Civil Veterinary Department Bengal reports 1933-51 - 1933-1951
Year: 1933
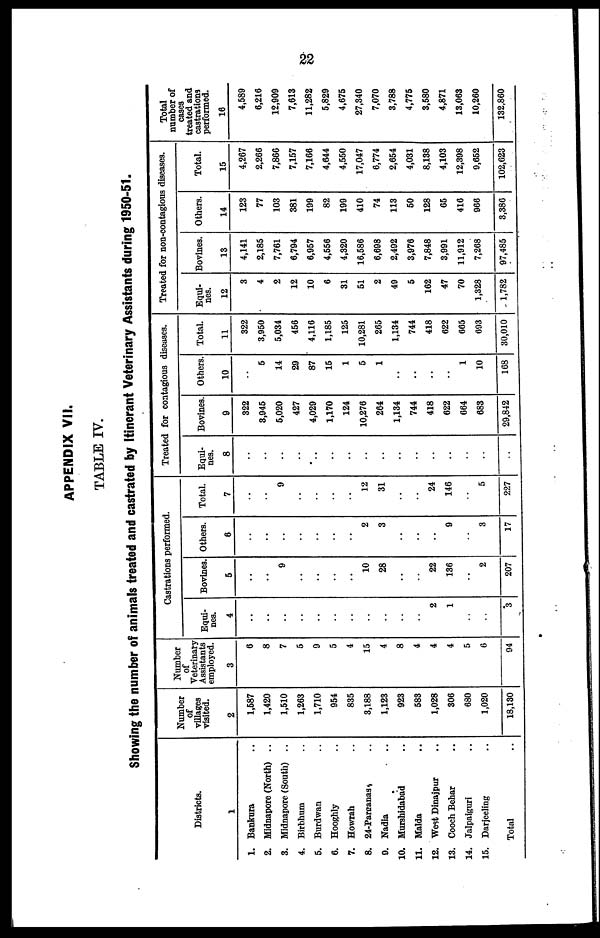
22
APPENDIX VII.
TABLE IV.
Showing the number of animals treated and castrated by Itinerant Veterinary Assistants during 1950-51.
Districts.
1
1. Bankura ..
2. Midnapore (North) ..
3. Midnapore (South) ..
4. Birbhum ..
6. Burdwan ..
6. Hooghly ..
7. Howrah ..
8. 24-Parganas ..
9. Nadia ..
10. Murshidabad ..
11. Malda ..
12. West Dinajpur ..
13. Cooch Behar ..
14. Jalpaiguri ..
15. Darjeeling ..
Total ..
Number
of
villages
visited.
2
1,687
1,420
1,510
1,263
1,710
954
835
3,188
1,123
923
583
1,028
806
680
1,020
18,130
Number
of
Veterinary
Assistants
employed.
3
6
8
7
6
9
5
4
15
4
8
4
4
4
5
6
94
Castrations performed.
Equi-
ties.
4
..
..
..
..
..
..
..
..
..
..
..
2
1
..
..
3
Bovines.
5
..
..
9
..
..
..
..
10
28
..
..
22
136
..
2
207
Others.
6
..
..
..
..
..
..
..
2
3
..
..
..
9
..
3
17
Total.
7
..
..
9
..
..
..
..
12
31
..
..
24
146
..
5
227
Treated for contagious diseases.
Equi-
nes.
8
..
..
..
..
..
..
..
..
..
..
..
..
..
..
..
..
Bovines.
9
322
3,945
5,020
427
4,029
1,170
124
10,276
264
1,134
744
418
622
664
683
29,842
Others.
10
..
6
14
29
87
16
1
5
1
..
..
..
..
1
10
108
Total.
11
322
3,950
5,034
456
4,116
1,185
125
10,281
265
1,134
744
418
622
665
693
30,010
Treated for non-contagious diseases.
Equi-
nes.
12
3
4
2
12
10
6
31
51
2
49
5
162
47
70
1,328
1,782
Bovines.
13
4,141
2,185
7,761
6,794
6,957
4,656
4,320
16,586
6,698
2,492
3,976
7,848
3,991
11,912
7,268
97,485
Others.
14
123
77
103
381
199
82
199
410
74
113
50
128
65
416
966
3,386
Total.
15
4,267
2,266
7,866
7,157
7,166
4,644
4,550
17,047
6,774
2,654
4,031
8,138
4,103
12,398
9,652
102,623
Total
number of
cases
treated and
castrations
performed.
16
4,589
6,216
12,909
7,613
11,282
5,829
4,675
27,340
7,070
8,788
4,775
3,580
4,871
18,063
10,260
132.860